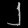
Digit: ၂